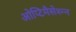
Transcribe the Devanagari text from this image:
ओप्टिमैसेश्न्न